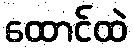
ထောင်ထဲ